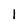
Character: 1